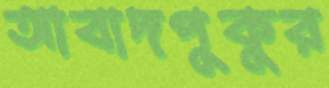
আবাদপুকুর